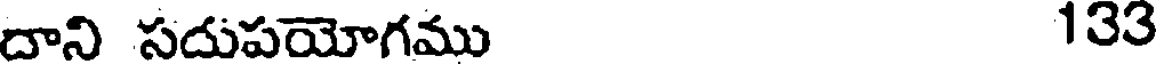
దాని సదుపయోగము 133